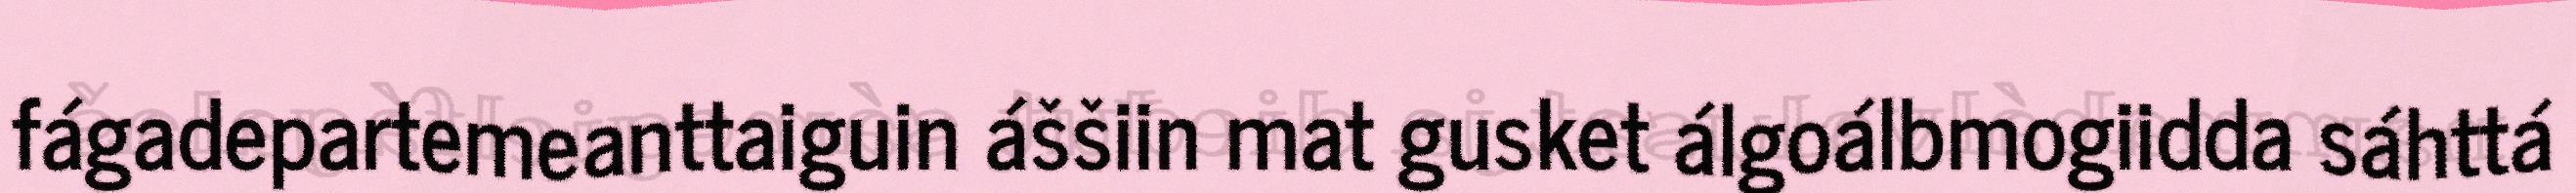
fágadepartemeanttaiguin áššiin mat gusket álgoálbmogiidda sáhttá